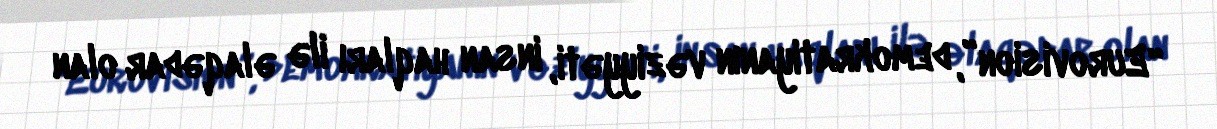
“Eurovision”, demokratiyanın vəziyyəti, insan haqları ilə əlaqədar olan